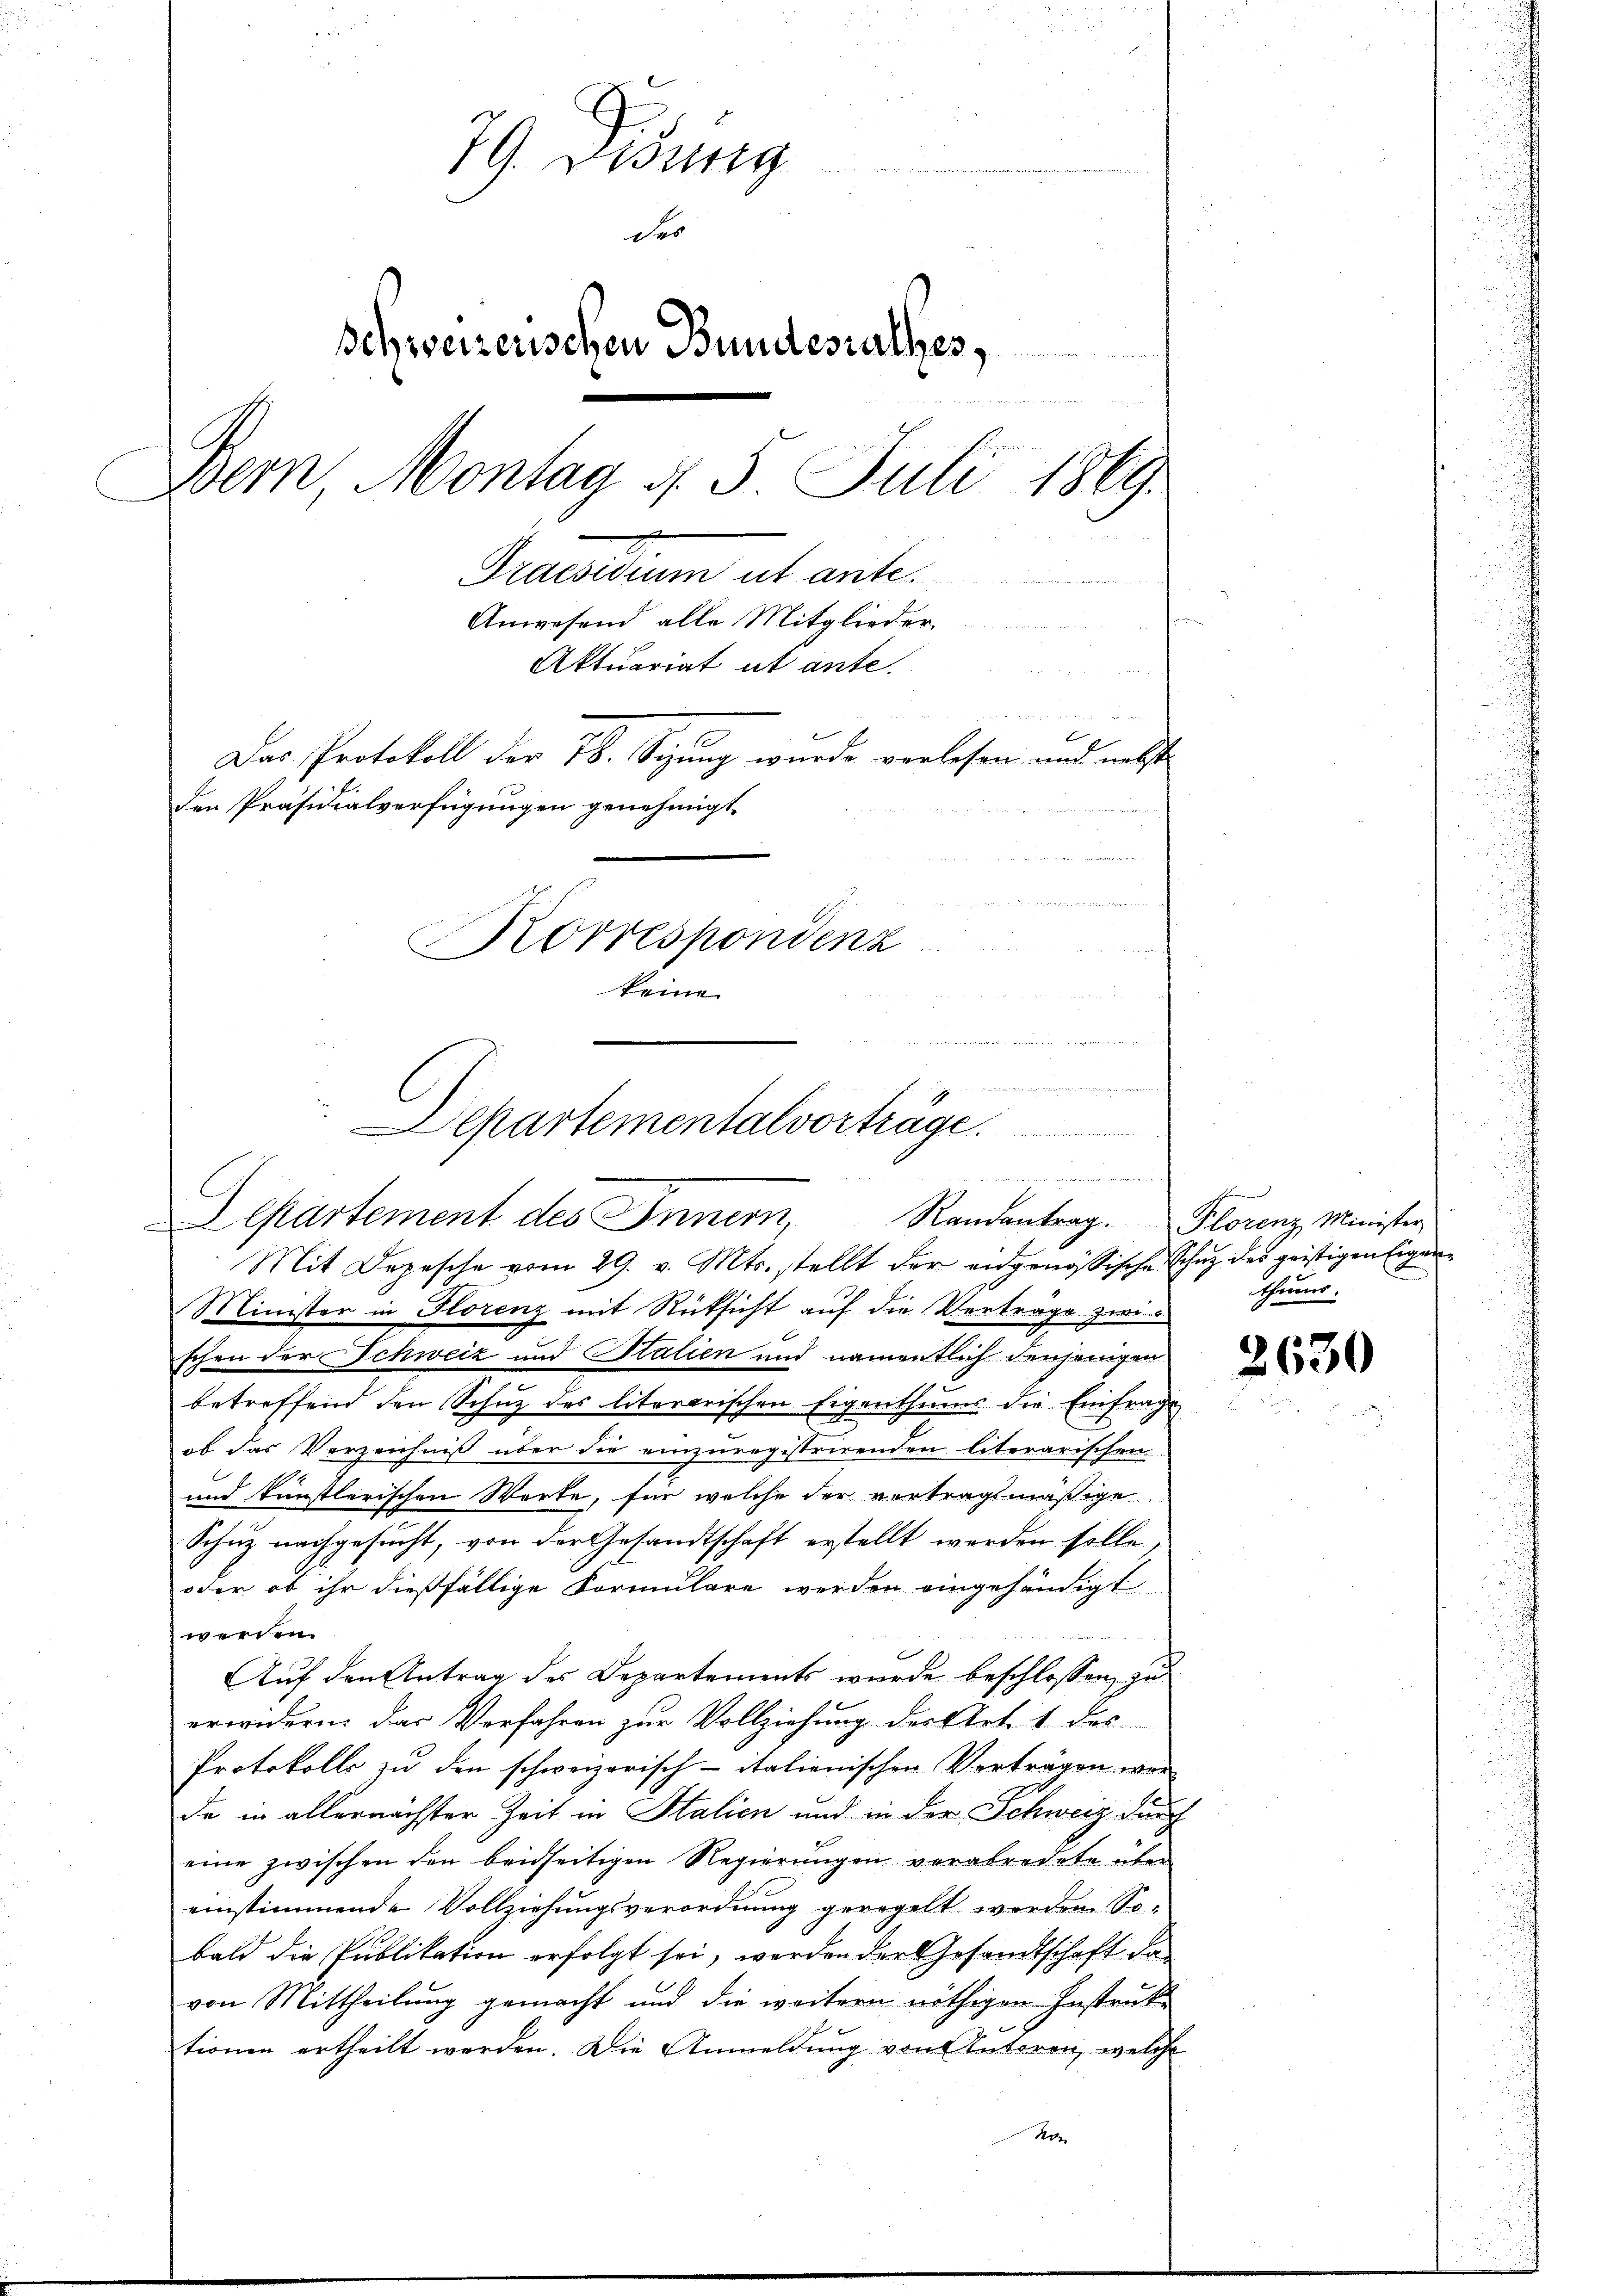
79. Didung
der
schweizerischen Bundesrathes,

Bern Montag §. 5. Juli 1869.
Praesidium et ante.
Anwesend alle Mitglieder,
n
Aktuariat ut ante.
Das Protokoll der Th. Syung wurde vorlesen und nebst
den Präsidialverfügungen genehmigt.
Korrespondenz
keine

Mit Depesche vom 29. v. Mts. stellt der eidgenössische Schutz des geistigen Eigen¬
Minister in Florenz mit Rücksicht auf die Verträge zwis
schen der Schweiz und Statien und namentlich denjenigen
betreffend den Schutz des literarischen Eigenthums die Einfrage
ob das Verzeichniß über die einzuregistrirenden literarischen
und künstlerischen Worte, für welche der vertragsmäßige
Schutz nachgesucht, von der Gesandtschaft erstellt werden solle,
oder ob ihr dießfällige Formulare werden eingehändigt
werden.
Auf den Antrag des Departements wurde beschlossen, zu
erwidern das Verfahren zur Vollziehung des Art. 1 des
Protokolls zu den schweizerisch-italienischen Verträgen wor
de in allernächster Zeit in Stalien und in der Schweiz durch
eine zwischen den beidseitigen Regierungen verabredete über
einstimmende Vollziehungsverordnung geregelt werden. Sobald die Publikation erfolgt sei, werden der Gesandtschaft davon Mittheilung gemacht und die weitern nöthigen Instruk
tionen ertheilt werden. Die Anmeldŭng von Antoren, welche
Kot

u
 was einen den der den war es wird der anderer abernation der ist einer den den |
Departementalvorträge.
ade der betreter welschadet und diesen den den habe der der die an die
Departement des Innern, Randantrag. Florenz Minister

thums

2630